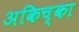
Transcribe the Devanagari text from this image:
अकिच्का